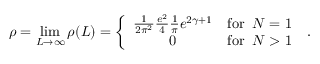
\rho = \operatorname * { l i m } _ { L \rightarrow \infty } \rho ( L ) = \left\{ \begin{array} { c r } { { \frac { 1 } { 2 \pi ^ { 2 } } \frac { e ^ { 2 } } { 4 } \frac { 1 } { \pi } e ^ { 2 \gamma + 1 } } } & { { \mathrm { f o r } \; \; N = 1 } } \\ { { 0 } } & { { \mathrm { f o r } \; \; N > 1 } } \end{array} \right. \; .